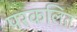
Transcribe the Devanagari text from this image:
परकलित